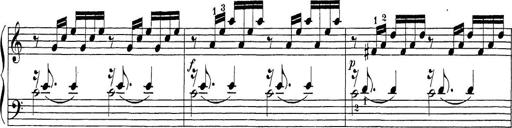
Title: Sonatina Album
Composer: Louis KÃ¶hler